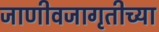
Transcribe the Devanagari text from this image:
जाणीवजागृतीच्या